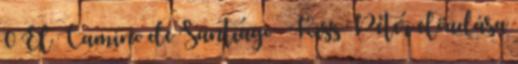
0 El Camino de Santiago – Kiss Péter előadása